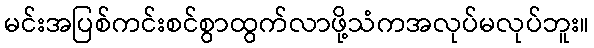
မင်းအပြစ်ကင်းစင်စွာထွက်လာဖို့သံကအလုပ်မလုပ်ဘူး။